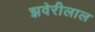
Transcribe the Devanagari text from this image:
झवेरीलाल